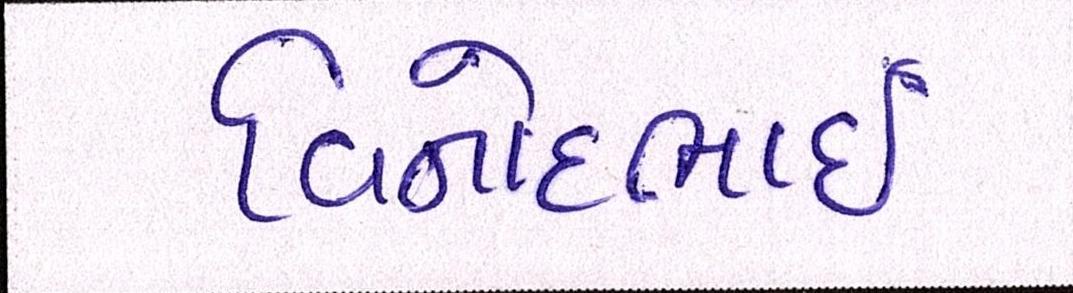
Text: વિનોદભાઈ